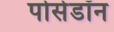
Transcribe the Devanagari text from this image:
पोसेडॉन